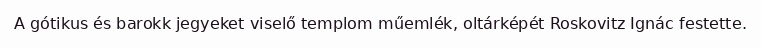
A gótikus és barokk jegyeket viselő templom műemlék, oltárképét Roskovitz Ignác festette.